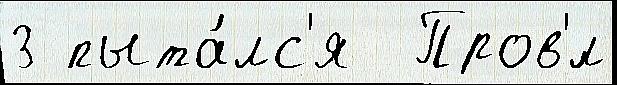
3 пыта́лс'я  Пров'́л